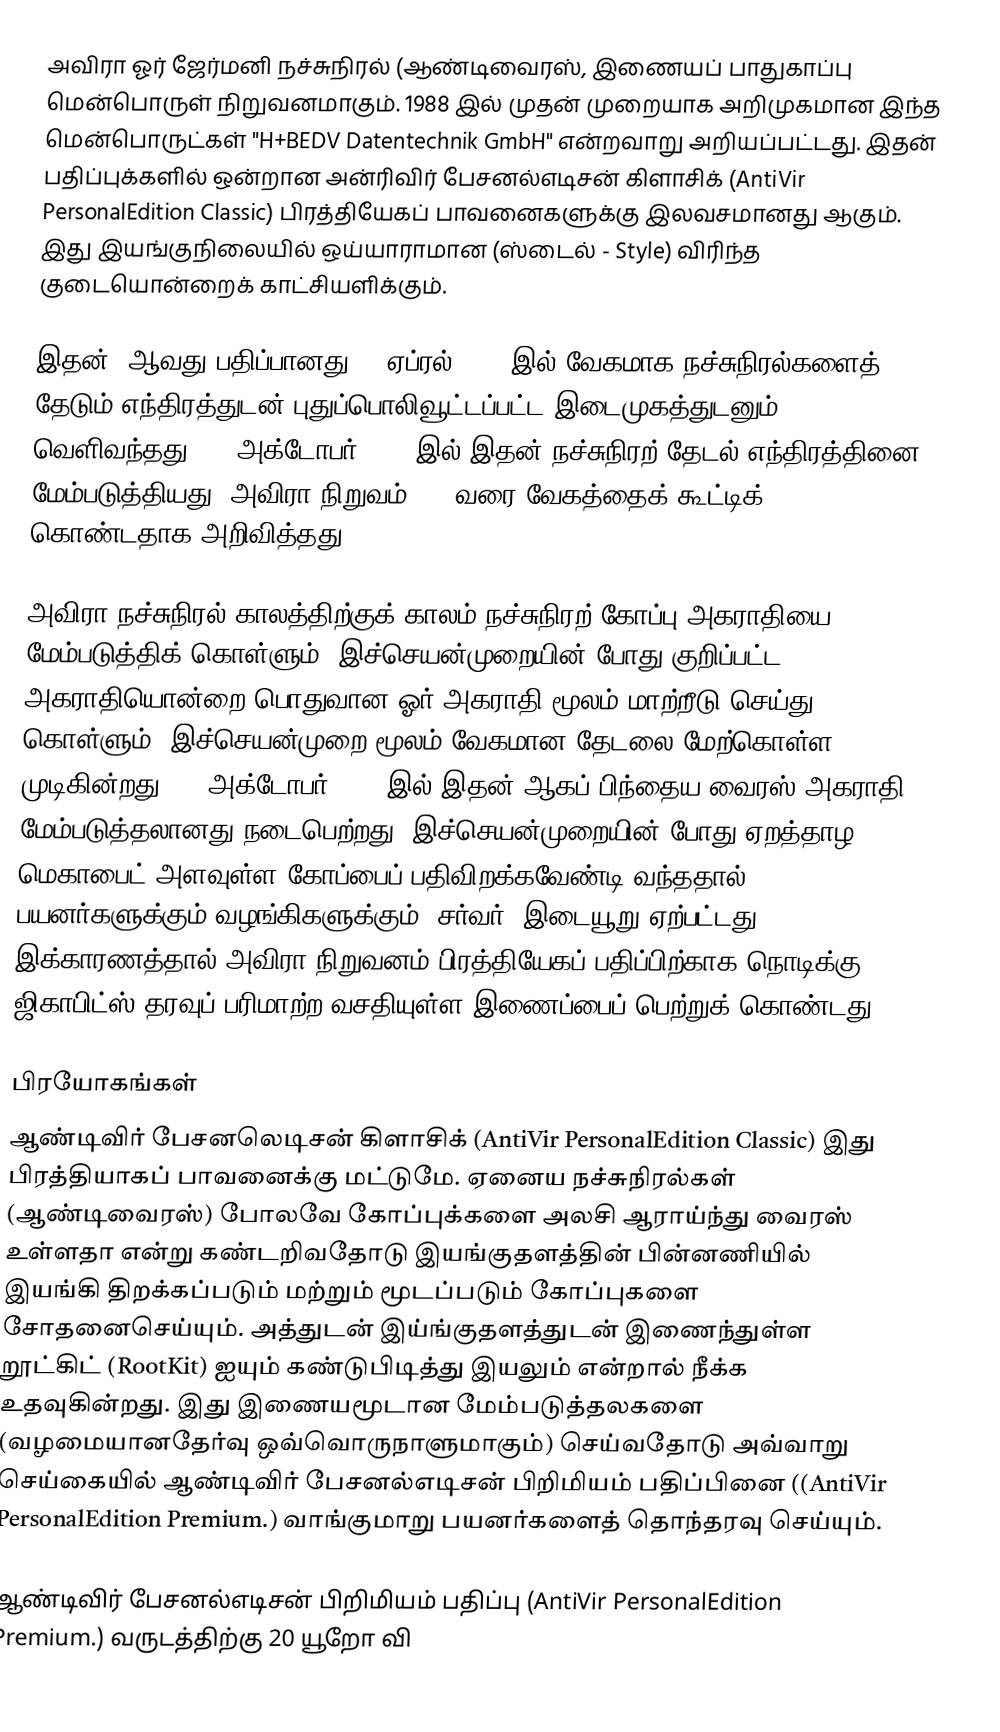
அவிரா ஓர் ஜேர்மனி நச்சுநிரல் (ஆண்டிவைரஸ், இணையப் பாதுகாப்பு மென்பொருள் நிறுவனமாகும். 1988 இல் முதன் முறையாக அறிமுகமான இந்த மென்பொருட்கள் "H+BEDV Datentechnik GmbH" என்றவாறு அறியப்பட்டது. இதன் பதிப்புக்களில் ஒன்றான அன்ரிவிர் பேசனல்எடிசன் கிளாசிக் (AntiVir PersonalEdition Classic) பிரத்தியேகப் பாவனைகளுக்கு இலவசமானது ஆகும். இது இயங்குநிலையில் ஒய்யாராமான (ஸ்டைல் - Style) விரிந்த குடையொன்றைக் காட்சியளிக்கும்.

இதன் 8ஆவது பதிப்பானது 14 ஏப்ரல் 2008 இல் வேகமாக நச்சுநிரல்களைத் தேடும் எந்திரத்துடன் புதுப்பொலிவூட்டப்பட்ட இடைமுகத்துடனும் வெளிவந்தது. 17 அக்டோபர் 2008 இல் இதன் நச்சுநிரற் தேடல் எந்திரத்தினை மேம்படுத்தியது. அவிரா நிறுவம் 20% வரை வேகத்தைக் கூட்டிக் கொண்டதாக அறிவித்தது.

அவிரா நச்சுநிரல் காலத்திற்குக் காலம் நச்சுநிரற் கோப்பு அகராதியை மேம்படுத்திக் கொள்ளும். இச்செயன்முறையின் போது குறிப்பட்ட அகராதியொன்றை பொதுவான ஓர் அகராதி மூலம் மாற்றீடு செய்து கொள்ளும். இச்செயன்முறை மூலம் வேகமான தேடலை மேற்கொள்ள முடிகின்றது. 22 அக்டோபர் 2008 இல் இதன் ஆகப் பிந்தைய வைரஸ் அகராதி மேம்படுத்தலானது நடைபெற்றது. இச்செயன்முறையின் போது ஏறத்தாழ 15 மெகாபைட் அளவுள்ள கோப்பைப் பதிவிறக்கவேண்டி வந்ததால் பயனர்களுக்கும் வழங்கிகளுக்கும் (சர்வர்) இடையூறு ஏற்பட்டது. இக்காரணத்தால் அவிரா நிறுவனம் பிரத்தியேகப் பதிப்பிற்காக நொடிக்கு 6 ஜிகாபிட்ஸ் தரவுப் பரிமாற்ற வசதியுள்ள இணைப்பைப் பெற்றுக் கொண்டது.

பிரயோகங்கள்
ஆண்டிவிர் பேசனலெடிசன் கிளாசிக் (AntiVir PersonalEdition Classic) இது பிரத்தியாகப் பாவனைக்கு மட்டுமே. ஏனைய நச்சுநிரல்கள் (ஆண்டிவைரஸ்) போலவே கோப்புக்களை அலசி ஆராய்ந்து வைரஸ் உள்ளதா என்று கண்டறிவதோடு இயங்குதளத்தின் பின்னணியில் இயங்கி திறக்கப்படும் மற்றும் மூடப்படும் கோப்புகளை சோதனைசெய்யும். அத்துடன் இய்ங்குதளத்துடன் இணைந்துள்ள றூட்கிட் (RootKit) ஐயும் கண்டுபிடித்து இயலும் என்றால் நீக்க உதவுகின்றது. இது இணையமூடான மேம்படுத்தலகளை (வழமையானதேர்வு ஒவ்வொருநாளுமாகும்) செய்வதோடு அவ்வாறு செய்கையில் ஆண்டிவிர் பேசனல்எடிசன் பிறிமியம் பதிப்பினை ((AntiVir PersonalEdition Premium.) வாங்குமாறு பயனர்களைத் தொந்தரவு செய்யும்.

ஆண்டிவிர் பேசனல்எடிசன் பிறிமியம் பதிப்பு (AntiVir PersonalEdition Premium.) வருடத்திற்கு 20 யூறோ வி